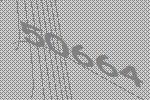
50664